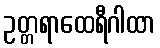
ဥတ္တရာထေရီဂါထာ